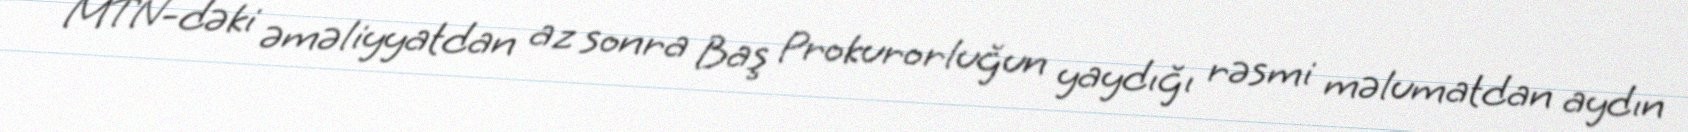
MTN-dəki əməliyyatdan az sonra Baş Prokurorluğun yaydığı rəsmi məlumatdan aydın